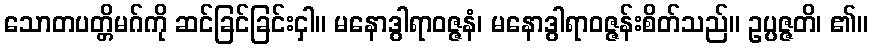
သောတပတ္တိမဂ်ကို ဆင်ခြင်ခြင်းငှါ။ မနောဒွါရာဝဇ္ဇနံ၊ မနောဒွါရာဝဇ္ဇန်းစိတ်သည်။ ဥပ္ပဇ္ဇတိ၊ ၏။